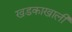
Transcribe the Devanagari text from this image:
खडकाखाली